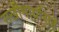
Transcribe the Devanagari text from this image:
सखीभार्यासवे